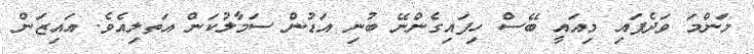
މަންމަ ވަދެފައި މިއައީ ބޭސް ހިފައިގެންނޭ ބުނި އަޑުން ސަމާލުކަން އަތލިއެވެ. އައިޒަން